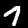
Digit: 7